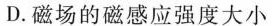
D.磁场的磁感应强度大小